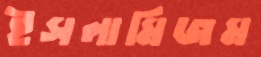
ইসলামিজম